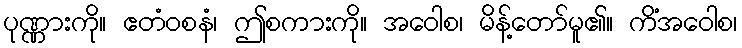
ပုဏ္ဏားကို။ ဧတံဝစနံ၊ ဤစကားကို။ အဝေါစ၊ မိန့်တော်မူ၏။ ကိံအဝေါစ၊